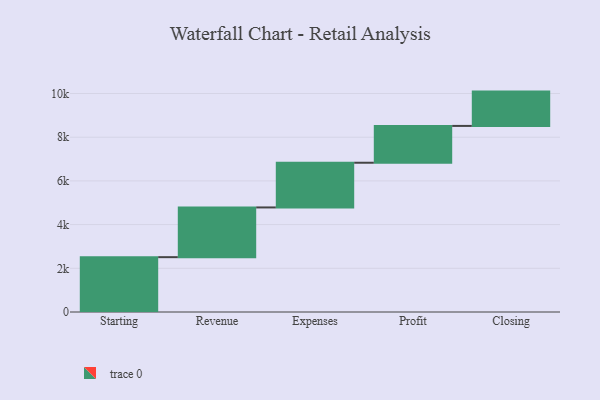
{"axis": {"x": "Step", "y": "Value"}, "legend": [""], "data": [{"x": "Starting", "y": 2510.0, "type": ""}, {"x": "Revenue", "y": 2276.0, "type": ""}, {"x": "Expenses", "y": 2046.0, "type": ""}, {"x": "Profit", "y": 1685.0, "type": ""}, {"x": "Closing", "y": 1571.0, "type": ""}]}